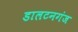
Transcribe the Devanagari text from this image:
डालटनगंज